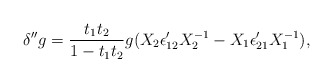
\begin{align*}\delta'' g = {t_1 t_2\over 1- t_1 t_2 } g(X_2 \epsilon'_{12} X_2^{-1} - X_1 \epsilon'_{21}X_1^{-1}),\end{align*}